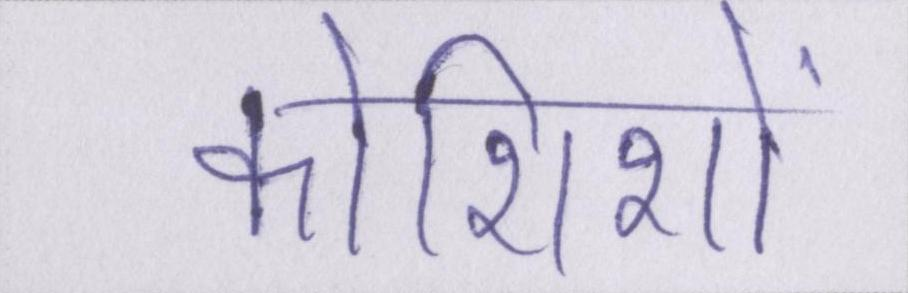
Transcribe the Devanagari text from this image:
कोशिशों